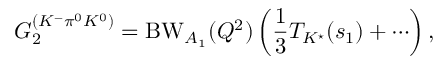
G _ { 2 } ^ { ( K ^ { - } \pi ^ { 0 } K ^ { 0 } ) } = \mathrm { B W } _ { A _ { 1 } } ( Q ^ { 2 } ) \left( \frac { 1 } { 3 } T _ { K ^ { \star } } ( s _ { 1 } ) + \cdots \right) ,